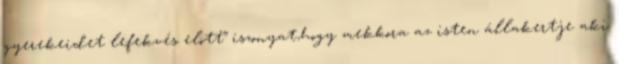
gyerekeidet lefekvés elött” iszonyat,hogy mekkora az isten állakertje aki